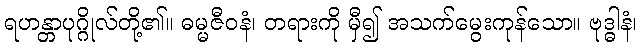
ရဟန္တာပုဂ္ဂိုလ်တို့၏။ ဓမ္မဇီဝနံ၊ တရားကို မှီ၍ အသက်မွေးကုန်သော။ ဗုဒ္ဓါနံ၊